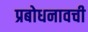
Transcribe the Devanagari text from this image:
प्रबोधनावची